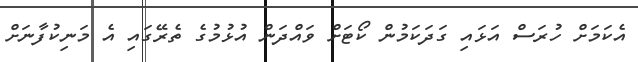
އެކަމަށް ހުރަސް އަޅައި ގަދަކަމުން ކޯޓަށް ވައްދަން އުޅުމުގެ ތެރޭގައި އެ މަނިކުފާނަށް